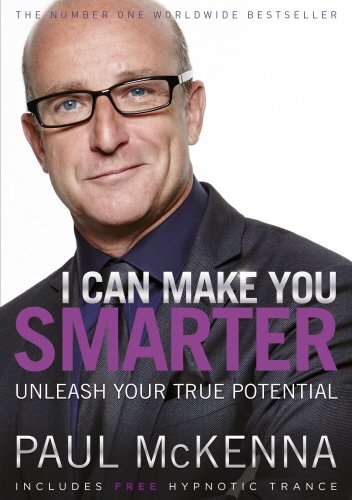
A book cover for I Can Make You Smarter; Paul McKenna; Health, Fitness & Dieting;